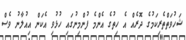
ޝަހުވަތްތެރިކަމުގެ ދޮރެއް އެ ހިތުގެ އެންމެ ފުންމިނުގައި ހުޅުވި އެކަން އިއުލާނު ވެސް